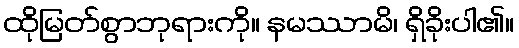
ထိုမြတ်စွာဘုရားကို။ နမဿာမိ၊ ရှိခိုးပါ၏။